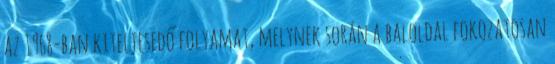
az 1968-ban kiteljesedő folyamat, melynek során a baloldal fokozatosan